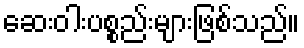
ဆေးဝါးပစ္စည်းများဖြစ်သည်။